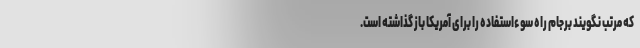
که مرتب نگویند برجام راه سوءاستفاده را برای آمریکا باز گذاشته است.